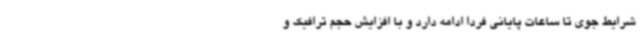
شرایط جوی تا ساعات پایانی فردا ادامه دارد و با افزایش حجم ترافیک و